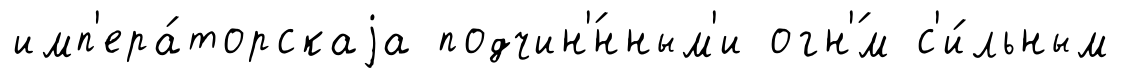
имп'ера́торскаjа подчин'́нным'и огн'́м с'и́льным